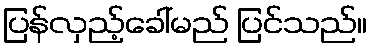
ပြန်လှည့်ခေါ်မည် ပြင်သည်။